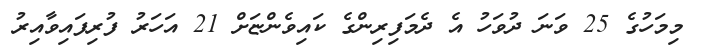
މިމަހުގެ 25 ވަނަ ދުވަހު އެ ދެމަފިރިންގެ ކައިވެންޏަށް 21 އަހަރު ފުރިފައިވާއިރު